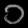
Digit: ၁